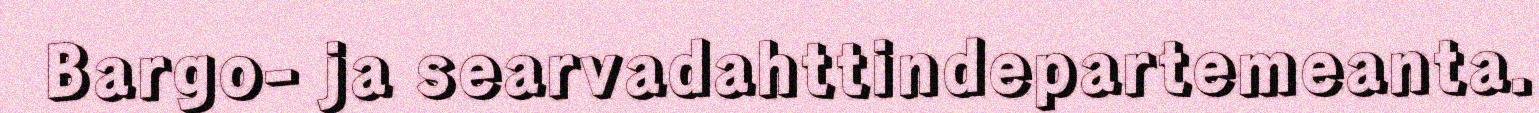
Bargo- ja searvadahttindepartemeanta.